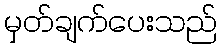
မှတ်ချက်ပေးသည်